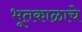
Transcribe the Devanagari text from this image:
भूतकाळाचे